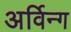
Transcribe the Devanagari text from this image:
अर्विन्ग